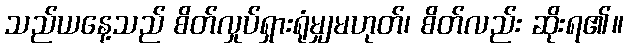
သည်ယနေ့သည် စိတ်လှုပ်ရှားရုံမျှမဟုတ်၊ စိတ်လည်း ဆိုးရ၏။